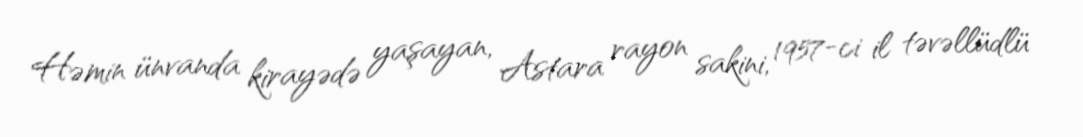
Həmin ünvanda kirayədə yaşayan, Astara rayon sakini, 1957-ci il təvəllüdlü